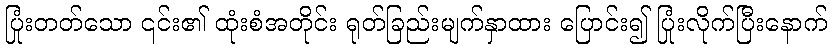
ပြုံးတတ်သော ၎င်း၏ ထုံးစံအတိုင်း ရုတ်ခြည်းမျက်နှာထား ပြောင်း၍ ပြုံးလိုက်ပြီးနောက်